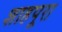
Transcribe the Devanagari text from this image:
शाहपूरा